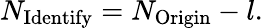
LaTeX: N_{\mathrm{Identify}}=N_{\mathrm{Origin}}-l.